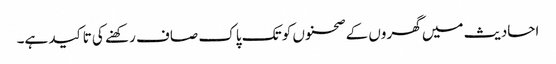
احادیث میں گھروں کے صحنوں کو تک پاک صاف رکھنے کی تاکید ہے۔